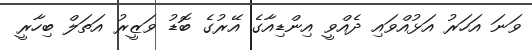
ވަނަ އަހަރު އަޅުއްވައި ދެއްވީ އިންޑިއާގެ އޭރުގެ ބޮޑު ވަޒީރު އަތަލް ބިހާރީ